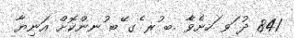
841 ދު ަވ ަހށެވެާ .ބ ުރ ެގ ޭބ ުނންކޮށް އަނިޔާ